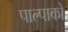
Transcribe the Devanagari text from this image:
पाल्पाको